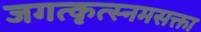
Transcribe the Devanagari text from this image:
जगत्कृत्स्नमसक्ता